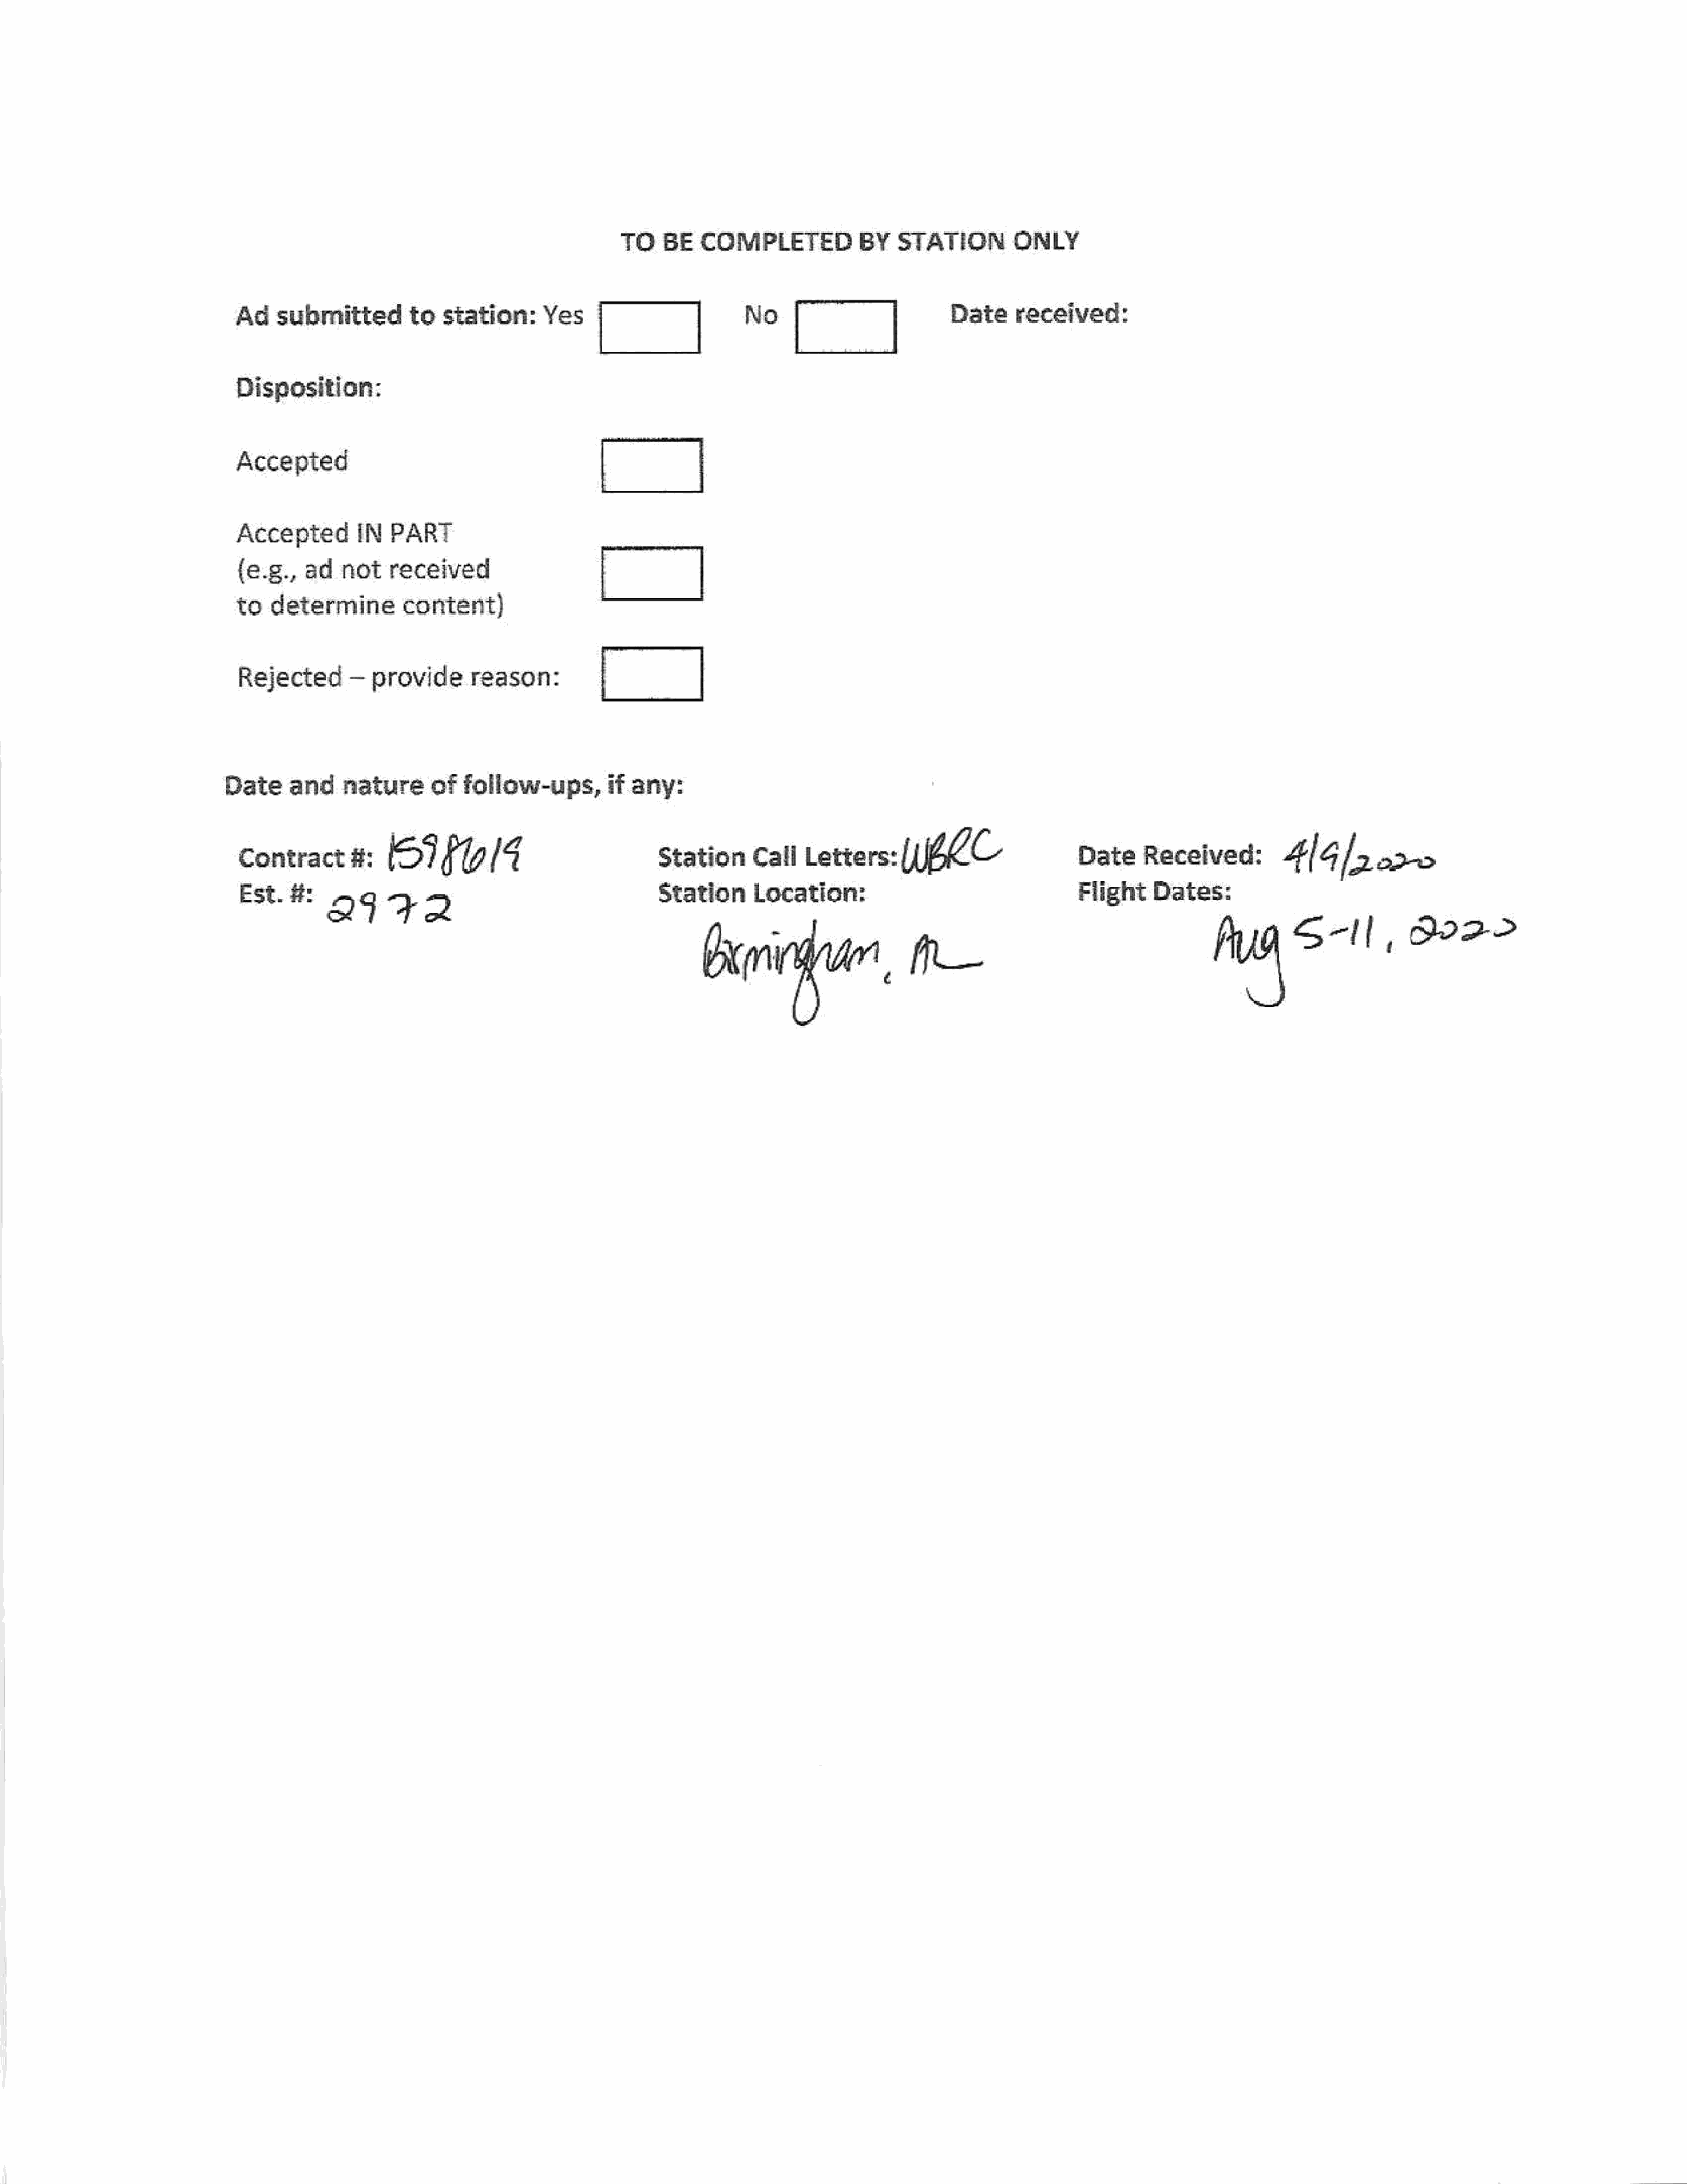
TO    BE   COMPLETED              BY   STATION          ONLY
 cI”
 Ad    submitted          to  station:       Yes                                 [|                    Date     received:
 Disposition:
 Accepted                                            [|
 Accepted         IN   PART
 L]
 {e.g.,    ad   not    received
 to   determine          content)
 Rejected        —  provide        reason:           [|
 Date     and     nature       of  follow-ups,          if any:
 Contract        #:    S1F0/4                                Station       Call   Letters:      WAC                      Date      Received:          4lGlpare
 Est.   #:    29      72                                     Station       Location:                                     Flight     Dates:
 hugo                       G02         >
 Bivinfun,                     ft